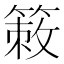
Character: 𥰡